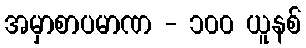
အမှာစာပမာဏ - ၁၀၀ ယူနစ်